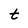
Character: t